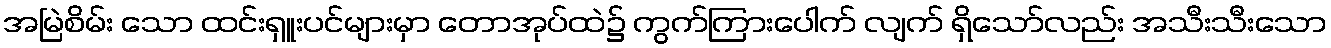
အမြဲစိမ်း သော ထင်းရှူးပင်များမှာ တောအုပ်ထဲ၌ ကွက်ကြားပေါက် လျက် ရှိသော်လည်း အသီးသီးသော